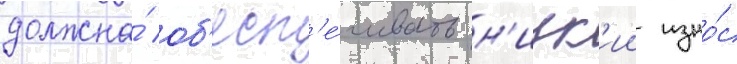
должна́ об'есп'е́чивать н'изк'ии изно́с